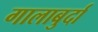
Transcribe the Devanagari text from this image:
गालाबुर्दा